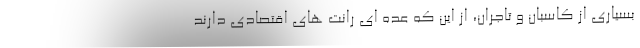
بسیاری از کاسبان و تاجران، از این که عده ای رانت های اقتصادی دارند